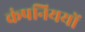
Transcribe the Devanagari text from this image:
कंपनिययों